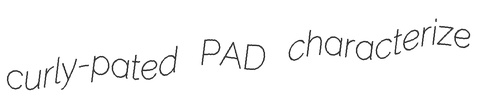
curly-pated PAD characterize